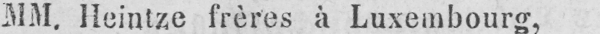
MM. Heintze frères à Luxembourg,